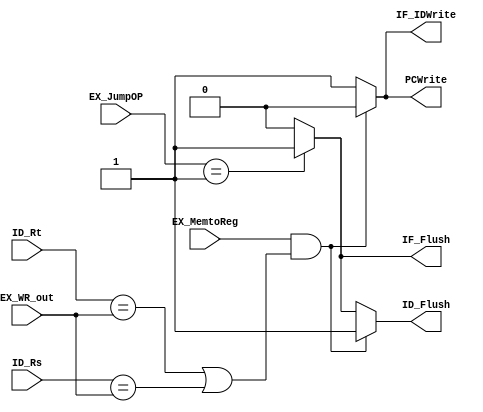
// Hazard Detection Unit

module HDU ( // input
             ID_Rs,
             ID_Rt,
             EX_WR_out,
             EX_MemtoReg,
             EX_JumpOP,
             // output
             // write your code in here
             PCWrite,
             IF_IDWrite,
             IF_Flush,
             ID_Flush
			 );

	parameter bit_size = 32;
	
	input [4:0] ID_Rs;
	input [4:0] ID_Rt;
	input [4:0] EX_WR_out;
	input EX_MemtoReg;
	input [1:0] EX_JumpOP;
	
	// write your code in here
	output reg PCWrite;
	output reg IF_IDWrite;
	output reg IF_Flush;
	output reg ID_Flush;

	always @(*) begin
		// default signal
		PCWrite    = 1;
		IF_IDWrite = 1;
		IF_Flush   = 0;
		ID_Flush   = 0;

		// Branch
		if (EX_JumpOP == 1) begin
			IF_IDWrite = 1;
			IF_Flush   = 1;
			ID_Flush   = 1;
		end
		
		// lw hazard
		if (EX_MemtoReg
			&& (ID_Rt == EX_WR_out || ID_Rs == EX_WR_out)) begin
			PCWrite    = 0;
			IF_IDWrite = 0; // halt IF/ID regsiter
			ID_Flush   = 1;
		end
	end
	
endmodule